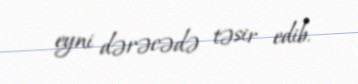
eyni dərəcədə təsir edib.